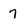
Character: 7